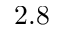
2 . 8